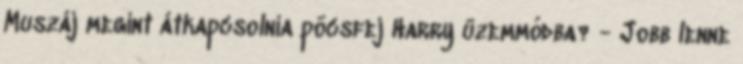
Muszáj megint átkapcsolnia pöcsfej Harry üzemmódba? - Jobb lenne